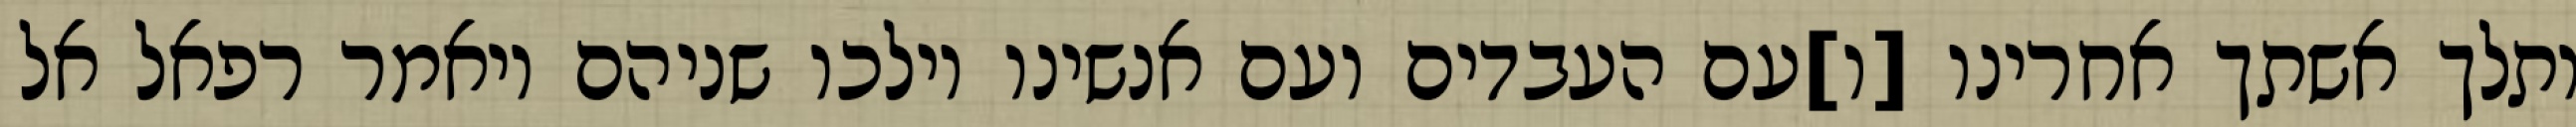
ותלך אשתך אחרינו [ו]עם העבדים ועם אנשינו וילכו שניהם ויאמר רפאל אל